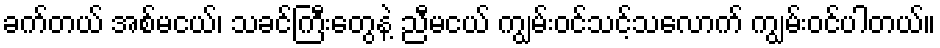
ခက်တယ် အစ်မငယ်၊ သခင်ကြီးတွေနဲ့ ညီမငယ် ကျွမ်းဝင်သင့်သလောက် ကျွမ်းဝင်ပါတယ်။